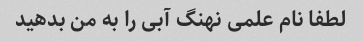
لطفا نام علمی نهنگ آبی را به من بدهید